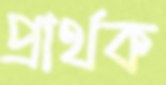
প্রার্থক